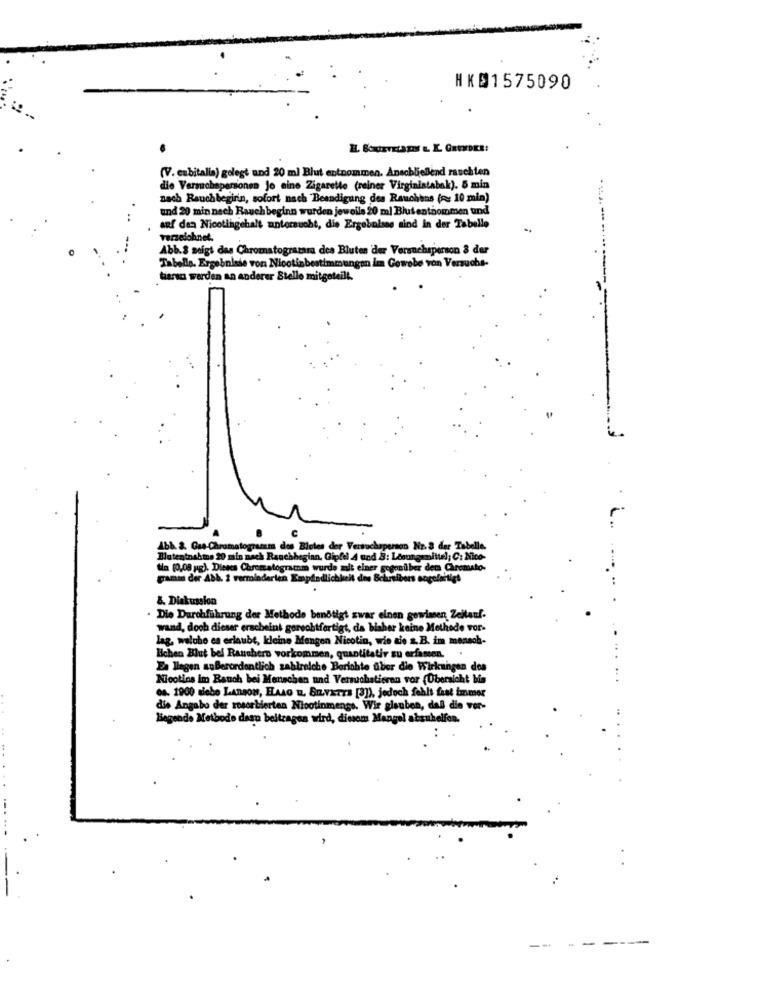
HK@1575090
(V. cabitalia) golegt and 20 ml Blut entnommen. Anschließend raschten
die Versuchspersonen Jo eine Zigarette (reiner Virginiatabak). 5 min
nach Rauchbegirin, sofort nach Beendigung des Rauchens ( 10 min)
und 20 min nach Rauch beginn wurden jeweils 20 ml Blutentnommen und
auf den Nicotingehalt antorsucht, die Ergebnisse sind in der Tabelle
verzeichnet.
Abb.S neigt das Chromatogramma des Blutes der Versuchsperson & der
Tabelle. Ergebnisse von Nicotinbestimmungen im Gewebe von Versuchs-
tarsus werden an anderer Stelle mitgeteilt.
Abb. & Gas-Chromatogramm des Blutes der Versuchaperson Nr. 3 der Tabelle.
Blutentnahme 20 min nach Ranchhegian. Gipfel 4 und 3: Lösungsmittel; C: Nico-
tin (0,08 g). Dienes Chromatogramm wurde mit einer gegeniber dem Chromato-
gani der Abb. 2 vermindarien Empfindlichkeit des Schreibers socolartigt
&. Diskussion
. Die Durchführung der Methode benötigt zwar einen gowimen Zeitauf.
wand, doch dieser erscheint gorechtfertigt, da bisher keine Methode vor-
lag, welche es erlaubt, kleine Mengen Nicotin, wie sie z.B. im mensch-
Ichen Blut bel Ranchero vorkommen, quantitativ zu erfassen. .
Da llegen außerordentlich zahlreiche Berichte über die Wirkungen des
Nicotins im Bauch bei Menschen und Versuchstieren vor (Übersicht bin
es. 1900 dicho LangON, HALO EL. SIVETTE [3]), jedoch fehlt fast immer
dis Angabe der resorbierten Nicotinmenge. Wir glauben, daß die vor-
liegende Methode dasn beitragen wird, dissem Mangel abzuhelfen.